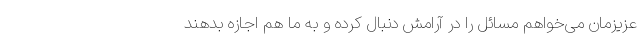
عزیزمان می‌خواهم مسائل را در آرامش دنبال کرده و به ما هم اجازه بدهند